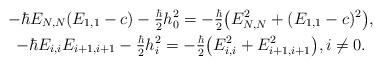
LaTeX: \begin{gather*}-\hbar E_{N,N}(E_{1,1}-c) - \tfrac{\hbar}{2} h_0^2 = - \tfrac{\hbar}{2} \big(E_{N,N}^2 + (E_{1,1}-c)^2\big),\\-\hbar E_{i,i} E_{i+1,i+1} - \tfrac{\hbar}{2} h_i^2 = - \tfrac{\hbar}{2} \big(E_{i,i}^2 + E_{i+1,i+1}^2\big), i \neq 0.\end{gather*}